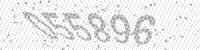
Solution: 055896